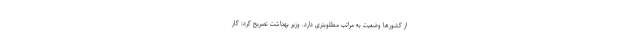
از کشورها وضعیت به مراتب مطلوبتری دارد. وزیر بهداشت تصریح کرد: کار